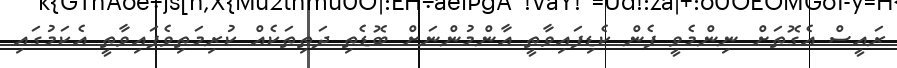
ރައީސް އެގޮތަށް ނިންމެވީ ފެން ކެޑިފައިވާތީ އާންމުންނަށް ބޮޑެތި ދަތިތަކެއް ކުރިމަތިވެފައިވާތީ އެކަމުގައި